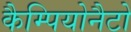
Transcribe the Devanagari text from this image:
कैम्पियोनैटो